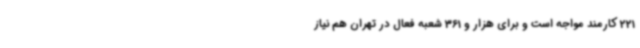
221 کارمند مواجه است و برای هزار و 361 شعبه فعال در تهران هم نیاز